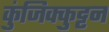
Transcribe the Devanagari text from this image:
कुंजिक्कुट्टन